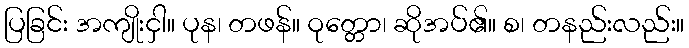
ပြခြင်း အကျိုးငှါ။ ပုန၊ တဖန်။ ဝုတ္တော၊ ဆိုအပ်၏။ စ၊ တနည်းလည်း။